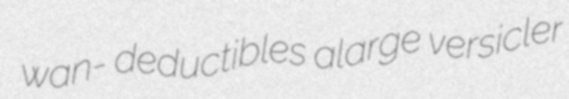
wan- deductibles alarge versicler